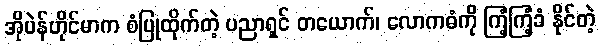
အိုပဲန်ဟိုင်မာက စံပြုထိုက်တဲ့ ပညာရှင် တယောက်၊ လောကဓံကို ကြံ့ကြံ့ခံ နိုင်တဲ့